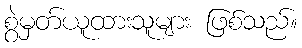
စွဲမှတ်ယူထားသူများ ဖြစ်သည်။